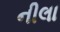
નીલા